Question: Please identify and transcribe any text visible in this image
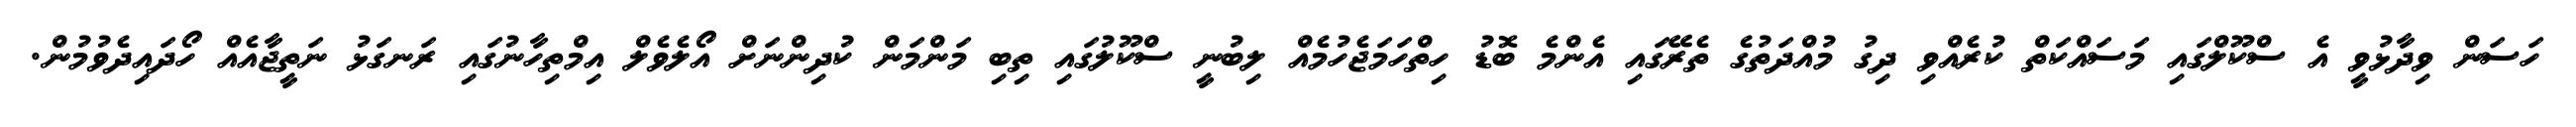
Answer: ހަސަން ވިދާޅުވީ އެ ސްކޫލްގައި މަސައްކަތް ކުރެއްވި ދިގު މުއްދަތުގެ ތެރޭގައި އެންމެ ބޮޑު ހިތްހަމަޖެހުމެއް ލިބުނީ ސްކޫލުގައި ތިބި މަންމަން ކުދިންނަށް އޯލެވެލް އިމްތިހާނުގައި ރަނގަޅު ނަތީޖާއެއް ހޯދައިދެވުމުން.